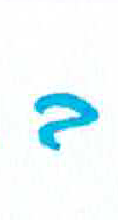
אות: ב